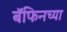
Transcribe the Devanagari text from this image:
बॅफिनच्या